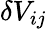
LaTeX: \delta V_{ij}